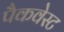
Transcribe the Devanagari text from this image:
पैकवेस्ट